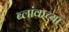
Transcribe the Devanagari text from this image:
ब्लांकच्या